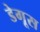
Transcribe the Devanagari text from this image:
डेगूस